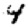
Digit: 4